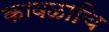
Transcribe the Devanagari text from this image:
कावळाचि